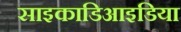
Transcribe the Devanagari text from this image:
साइकाडिआइडिया